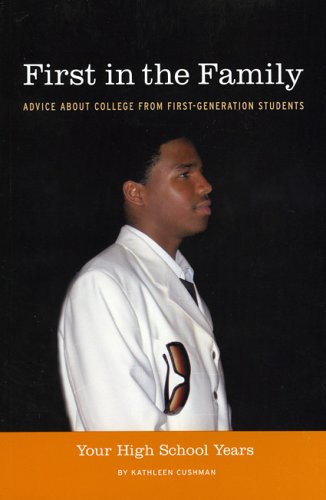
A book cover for First in the Family: Advice About College from First-Generation Students; Your High School Years; Kathleen Cushman; Teen & Young Adult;